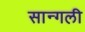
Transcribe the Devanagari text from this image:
सान्गली